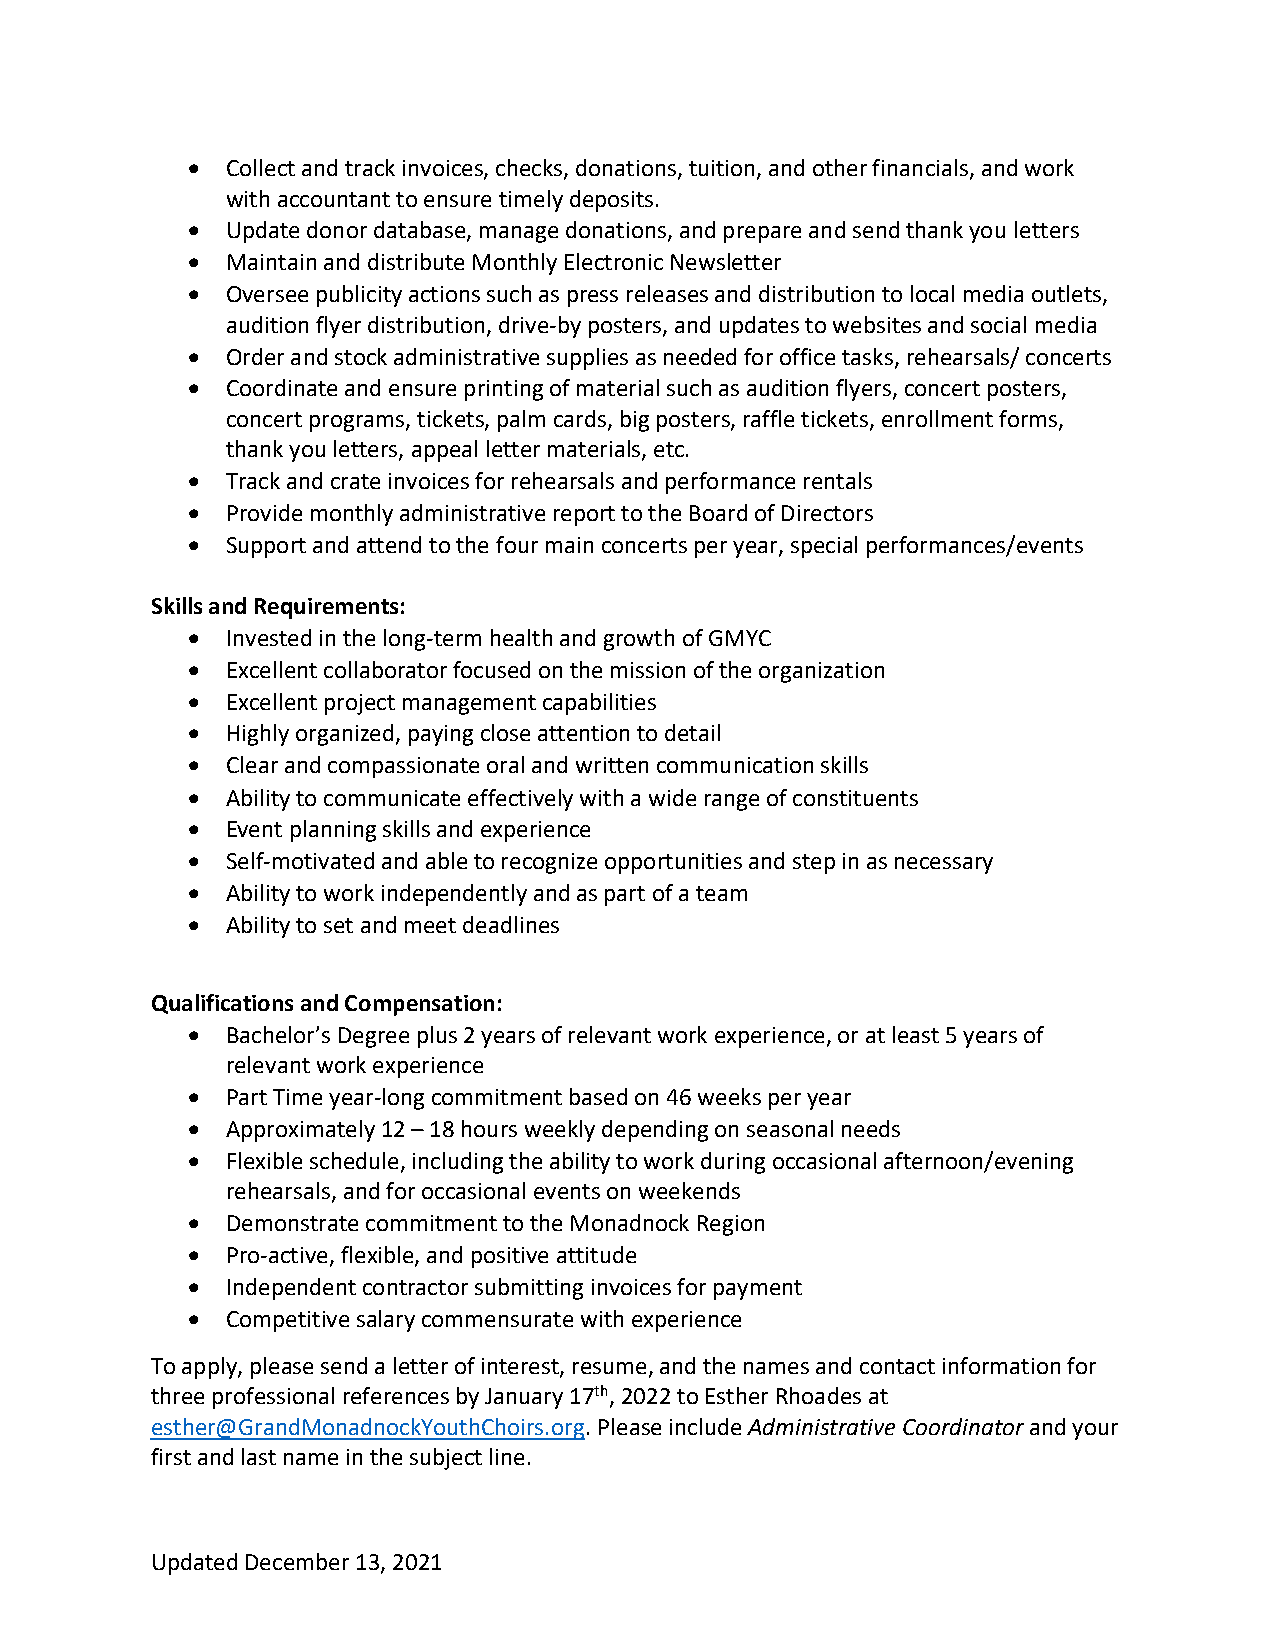
•  Collect and track invoices, checks, donations, tuition, and other financials, and work
 with accountant to ensure timely deposits.
 •  Update donor database, manage donations, and prepare and send thank you letters
 •  Maintain and distribute Monthly Electronic Newsletter
 •  Oversee publicity actions such as press releases and distribution to local media outlets,
 audition flyer distribution, drive-by posters, and updates to websites and social media
 •  Order and stock administrative supplies as needed for office tasks, rehearsals/ concerts
 •  Coordinate and ensure printing of material such as audition flyers, concert posters,
 concert programs, tickets, palm cards, big posters, raffle tickets, enrollment forms,
 thank you letters, appeal letter materials, etc.
 •  Track and crate invoices for rehearsals and performance rentals
 •  Provide monthly administrative report to the Board of Directors
 •  Support and attend to the four main concerts per year, special performances/events
 Skills and Requirements:
 •  Invested in the long-term health and growth of GMYC
 •  Excellent collaborator focused on the mission of the organization
 •  Excellent project management capabilities
 •  Highly organized, paying close attention to detail
 •  Clear and compassionate oral and written communication skills
 •  Ability to communicate effectively with a wide range of constituents
 •  Event planning skills and experience
 •  Self-motivated and able to recognize opportunities and step in as necessary
 •  Ability to work independently and as part of a team
 •  Ability to set and meet deadlines
 Qualifications and Compensation:
 •  Bachelor’s Degree plus 2 years of relevant work experience, or at least 5 years of
 relevant work experience
 •  Part Time year-long commitment based on 46 weeks per year
 •  Approximately 12 – 18 hours weekly depending on seasonal needs
 •  Flexible schedule, including the ability to work during occasional afternoon/evening
 rehearsals, and for occasional events on weekends
 •  Demonstrate commitment to the Monadnock Region
 •  Pro-active, flexible, and positive attitude
 •  Independent contractor submitting invoices for payment
 •  Competitive salary commensurate with experience
 To apply, please send a letter of interest, resume, and the names and contact information for
 three professional references by January 17th, 2022 to Esther Rhoades at
 esther@GrandMonadnockYouthChoirs.org. Please include Administrative Coordinator and your
 first and last name in the subject line.
 Updated December 13, 2021